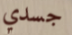
جسدي